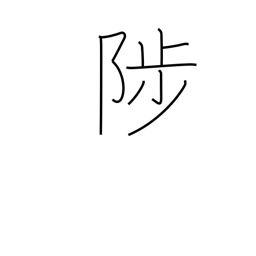
Meaning: rise